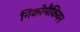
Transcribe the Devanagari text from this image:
निकोमैकियन